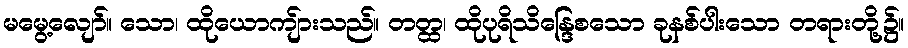
မမွေ့လျော်။ သော၊ ထိုယောကျ်ားသည်။ တတ္ထ၊ ထိုပုရိသိန္ဒြေစသော ခုနစ်ပါးသော တရားတို့၌။